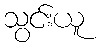
သွင်းယူ